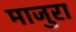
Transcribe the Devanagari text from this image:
माजुरा